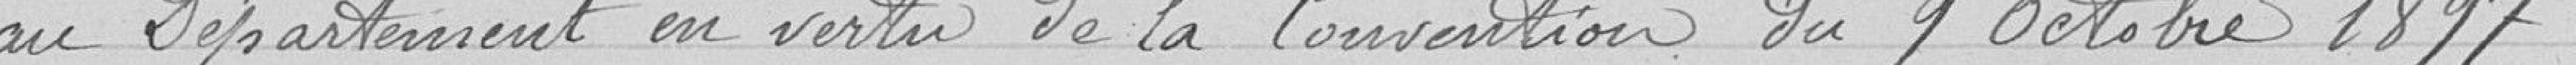
au Département en vertu de la Convention du 9 Octobre 1897.